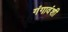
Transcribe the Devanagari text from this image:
गंगावंशी